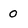
Character: 0